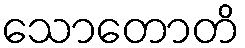
သောတောတိ